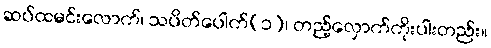
ဆပ်ထမင်းလောက်၊ သပိတ်ပေါက်(၁)၊ တည့်လှောက်ကိုးပါးတည်း။